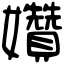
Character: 㜺